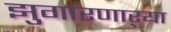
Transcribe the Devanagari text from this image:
झुगारणाऱ्या